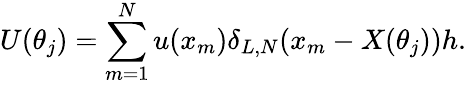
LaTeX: U(\theta_{j})=\sum_{m=1}^{N}u(x_{m})\delta_{L,N}(x_{m}-X(\theta_{j}))h.